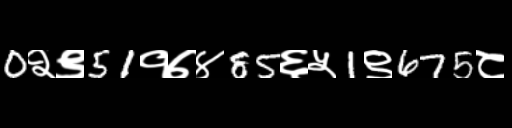
Text: 0२९51१७४85६५1९675८